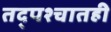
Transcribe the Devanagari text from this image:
तद्पश्चातही